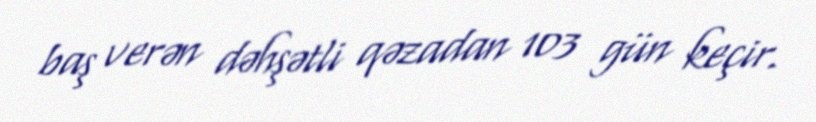
baş verən dəhşətli qəzadan 103 gün keçir.